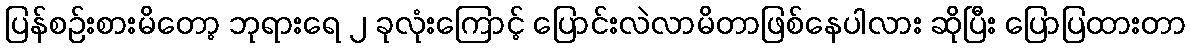
ပြန်စဉ်းစားမိတော့ ဘုရားရေ ၂ ခုလုံးကြောင့် ပြောင်းလဲလာမိတာဖြစ်နေပါလား ဆိုပြီး ပြောပြထားတာ